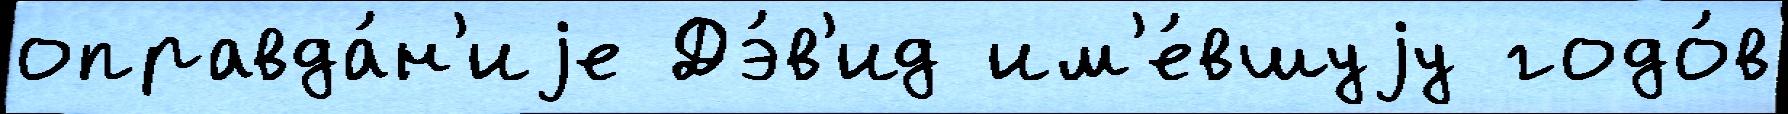
оправда́н'иjе Дэ́в'ид им'е́вшуjу годо́в